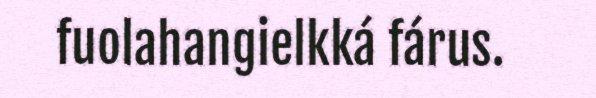
fuolahangielkká fárus.